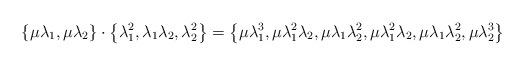
LaTeX: \begin{align*}\left\{ \mu \lambda_1, \mu \lambda_2 \right\} \cdot \left\{ \lambda_1^2, \lambda_1 \lambda_2, \lambda_2^2 \right\} =\left\{ \mu \lambda_1^3, \mu \lambda_1^2\lambda_2, \mu \lambda_1\lambda_2^2, \mu \lambda_1^2\lambda_2, \mu \lambda_1\lambda_2^2, \mu \lambda_2^3 \right\}\end{align*}